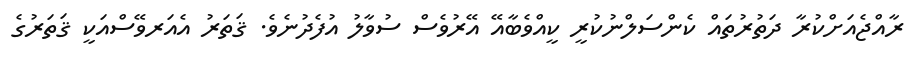
ރާއްޖެއަށްކުރާ ދަތުރުތައް ކެންސަލްނުކުރީ ކީއްވެބާއޭ އޭރުވެސް ސުވާލު އުފެދުނެވެ. ޤަތަރު އެއަރވޭސްއަކީ ޤަތަރުގެ